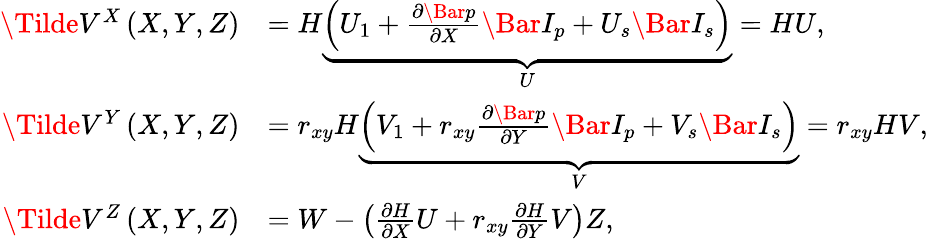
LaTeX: \begin{array}{rl}{\Tilde{V}^{X}\left(X,Y,Z\right)}&{=H\underbrace{\left(U_{1}+\frac{\partial\Bar{p}}{\partial X}\Bar{I}_{p}+U_{s}\Bar{I}_{s}\right)}_{U}=HU,}\\ {\Tilde{V}^{Y}\left(X,Y,Z\right)}&{=r_{xy}H\underbrace{\left(V_{1}+r_{xy}\frac{\partial\Bar{p}}{\partial Y}\Bar{I}_{p}+V_{s}\Bar{I}_{s}\right)}_{V}=r_{xy}HV,}\\ {\Tilde{V}^{Z}\left(X,Y,Z\right)}&{=W-\left(\frac{\partial H}{\partial X}U+r_{xy}\frac{\partial H}{\partial Y}V\right)Z,}\end{array}